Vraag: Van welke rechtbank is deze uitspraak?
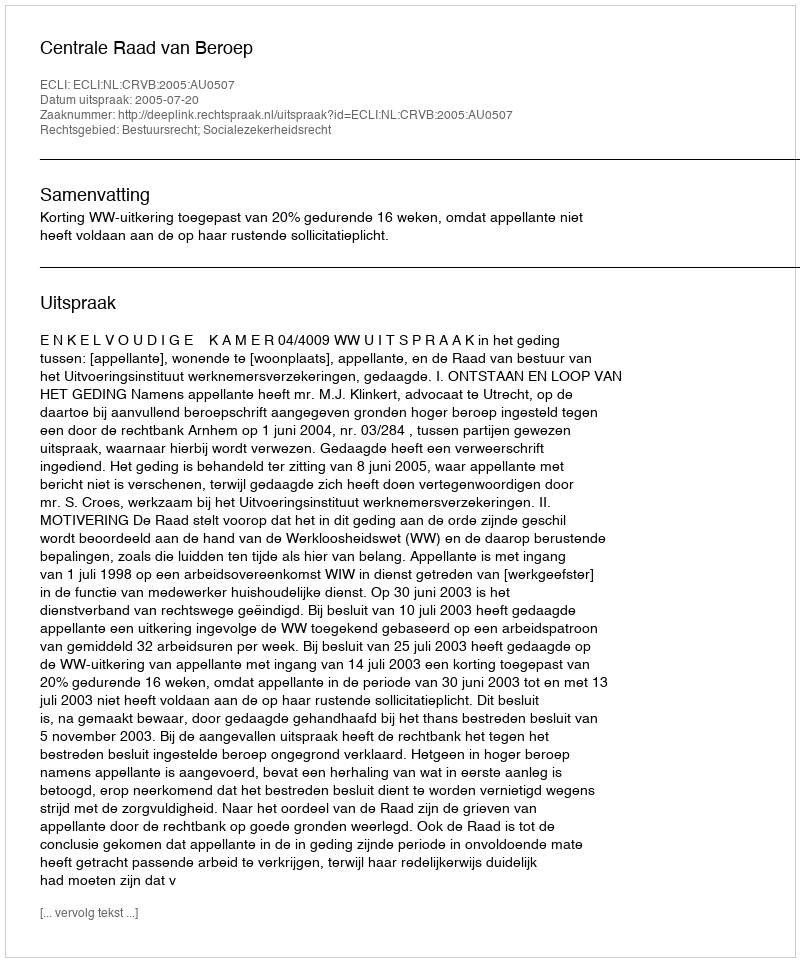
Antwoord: Centrale Raad van Beroep